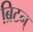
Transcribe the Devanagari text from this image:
ब्रिटन्